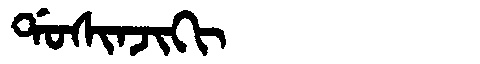
Manchu: ᡩᠣᠰᡳᠨᠵᡳᡴᡳ
Romanization: DOSINJIKI